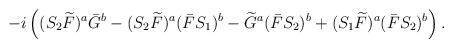
LaTeX: \begin{align*}-i\left((S_2 \widetilde{F})^a \bar{G}^b - (S_2 \widetilde{F})^a (\bar{F}S_1)^b- \widetilde{G}^a(\bar{F} S_2)^b + (S_1 \widetilde{F})^a (\bar{F} S_2)^b\right).\end{align*}